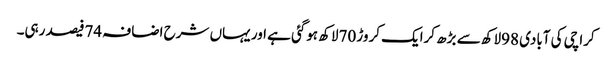
کراچی کی آبادی 98لاکھ سے بڑھ کرایک کروڑ 70لاکھ ہوگئی ہے اور یہاں شرح اضافہ 74فیصد رہی۔